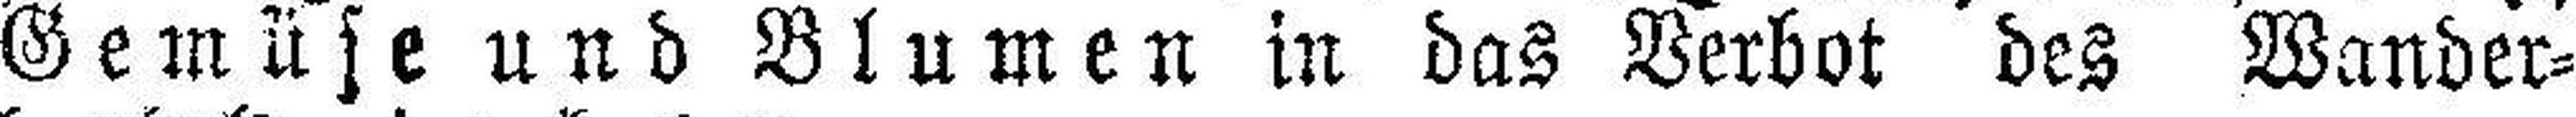
Gemüse und Blumen in das Verbot des Wander¬